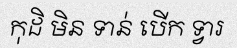
កុដិ មិន ទាន់ បើក ទ្វារ